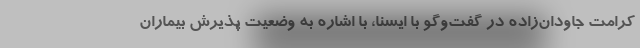
کرامت جاودان‌زاده در گفت‌وگو با ایسنا، با اشاره به وضعیت پذیرش بیماران